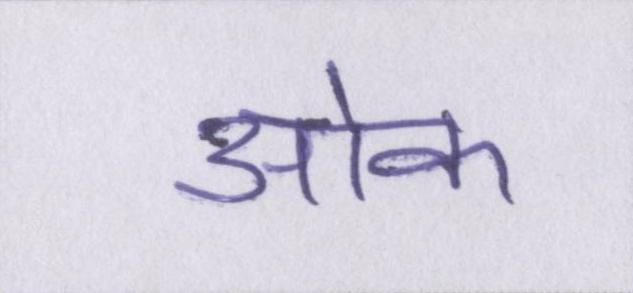
ओक